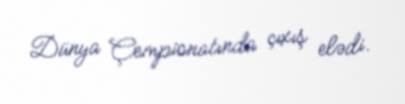
Dünya Çempionatında çıxış elədi.